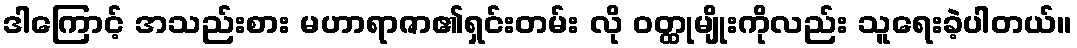
ဒါကြောင့် အသည်းစား မဟာရာဇာ၏ရှင်းတမ်း လို ဝတ္ထုမျိုးကိုလည်း သူရေးခဲ့ပါတယ်။